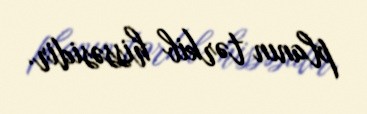
planın tərkib hissəsidir.